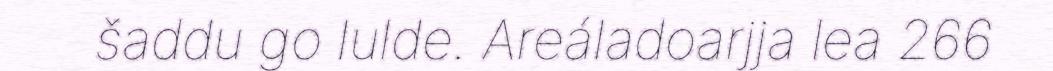
šaddu go lulde. Areáladoarjja lea 266